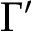
\Gamma ^ { \prime }